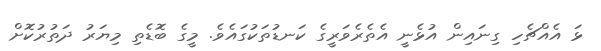
ޅަ އެއްޗެހި ގިނައިން އުޅެނީ އެތެރެވަރީގެ ކަނޑުތަކުގައެވެ. މީގެ ބޮޑެތި މިޔަރު ދަތުރުކޮށް